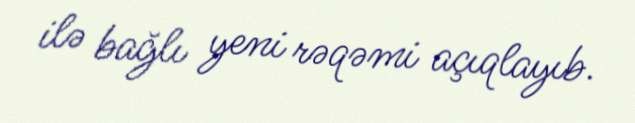
ilə bağlı yeni rəqəmi açıqlayıb.